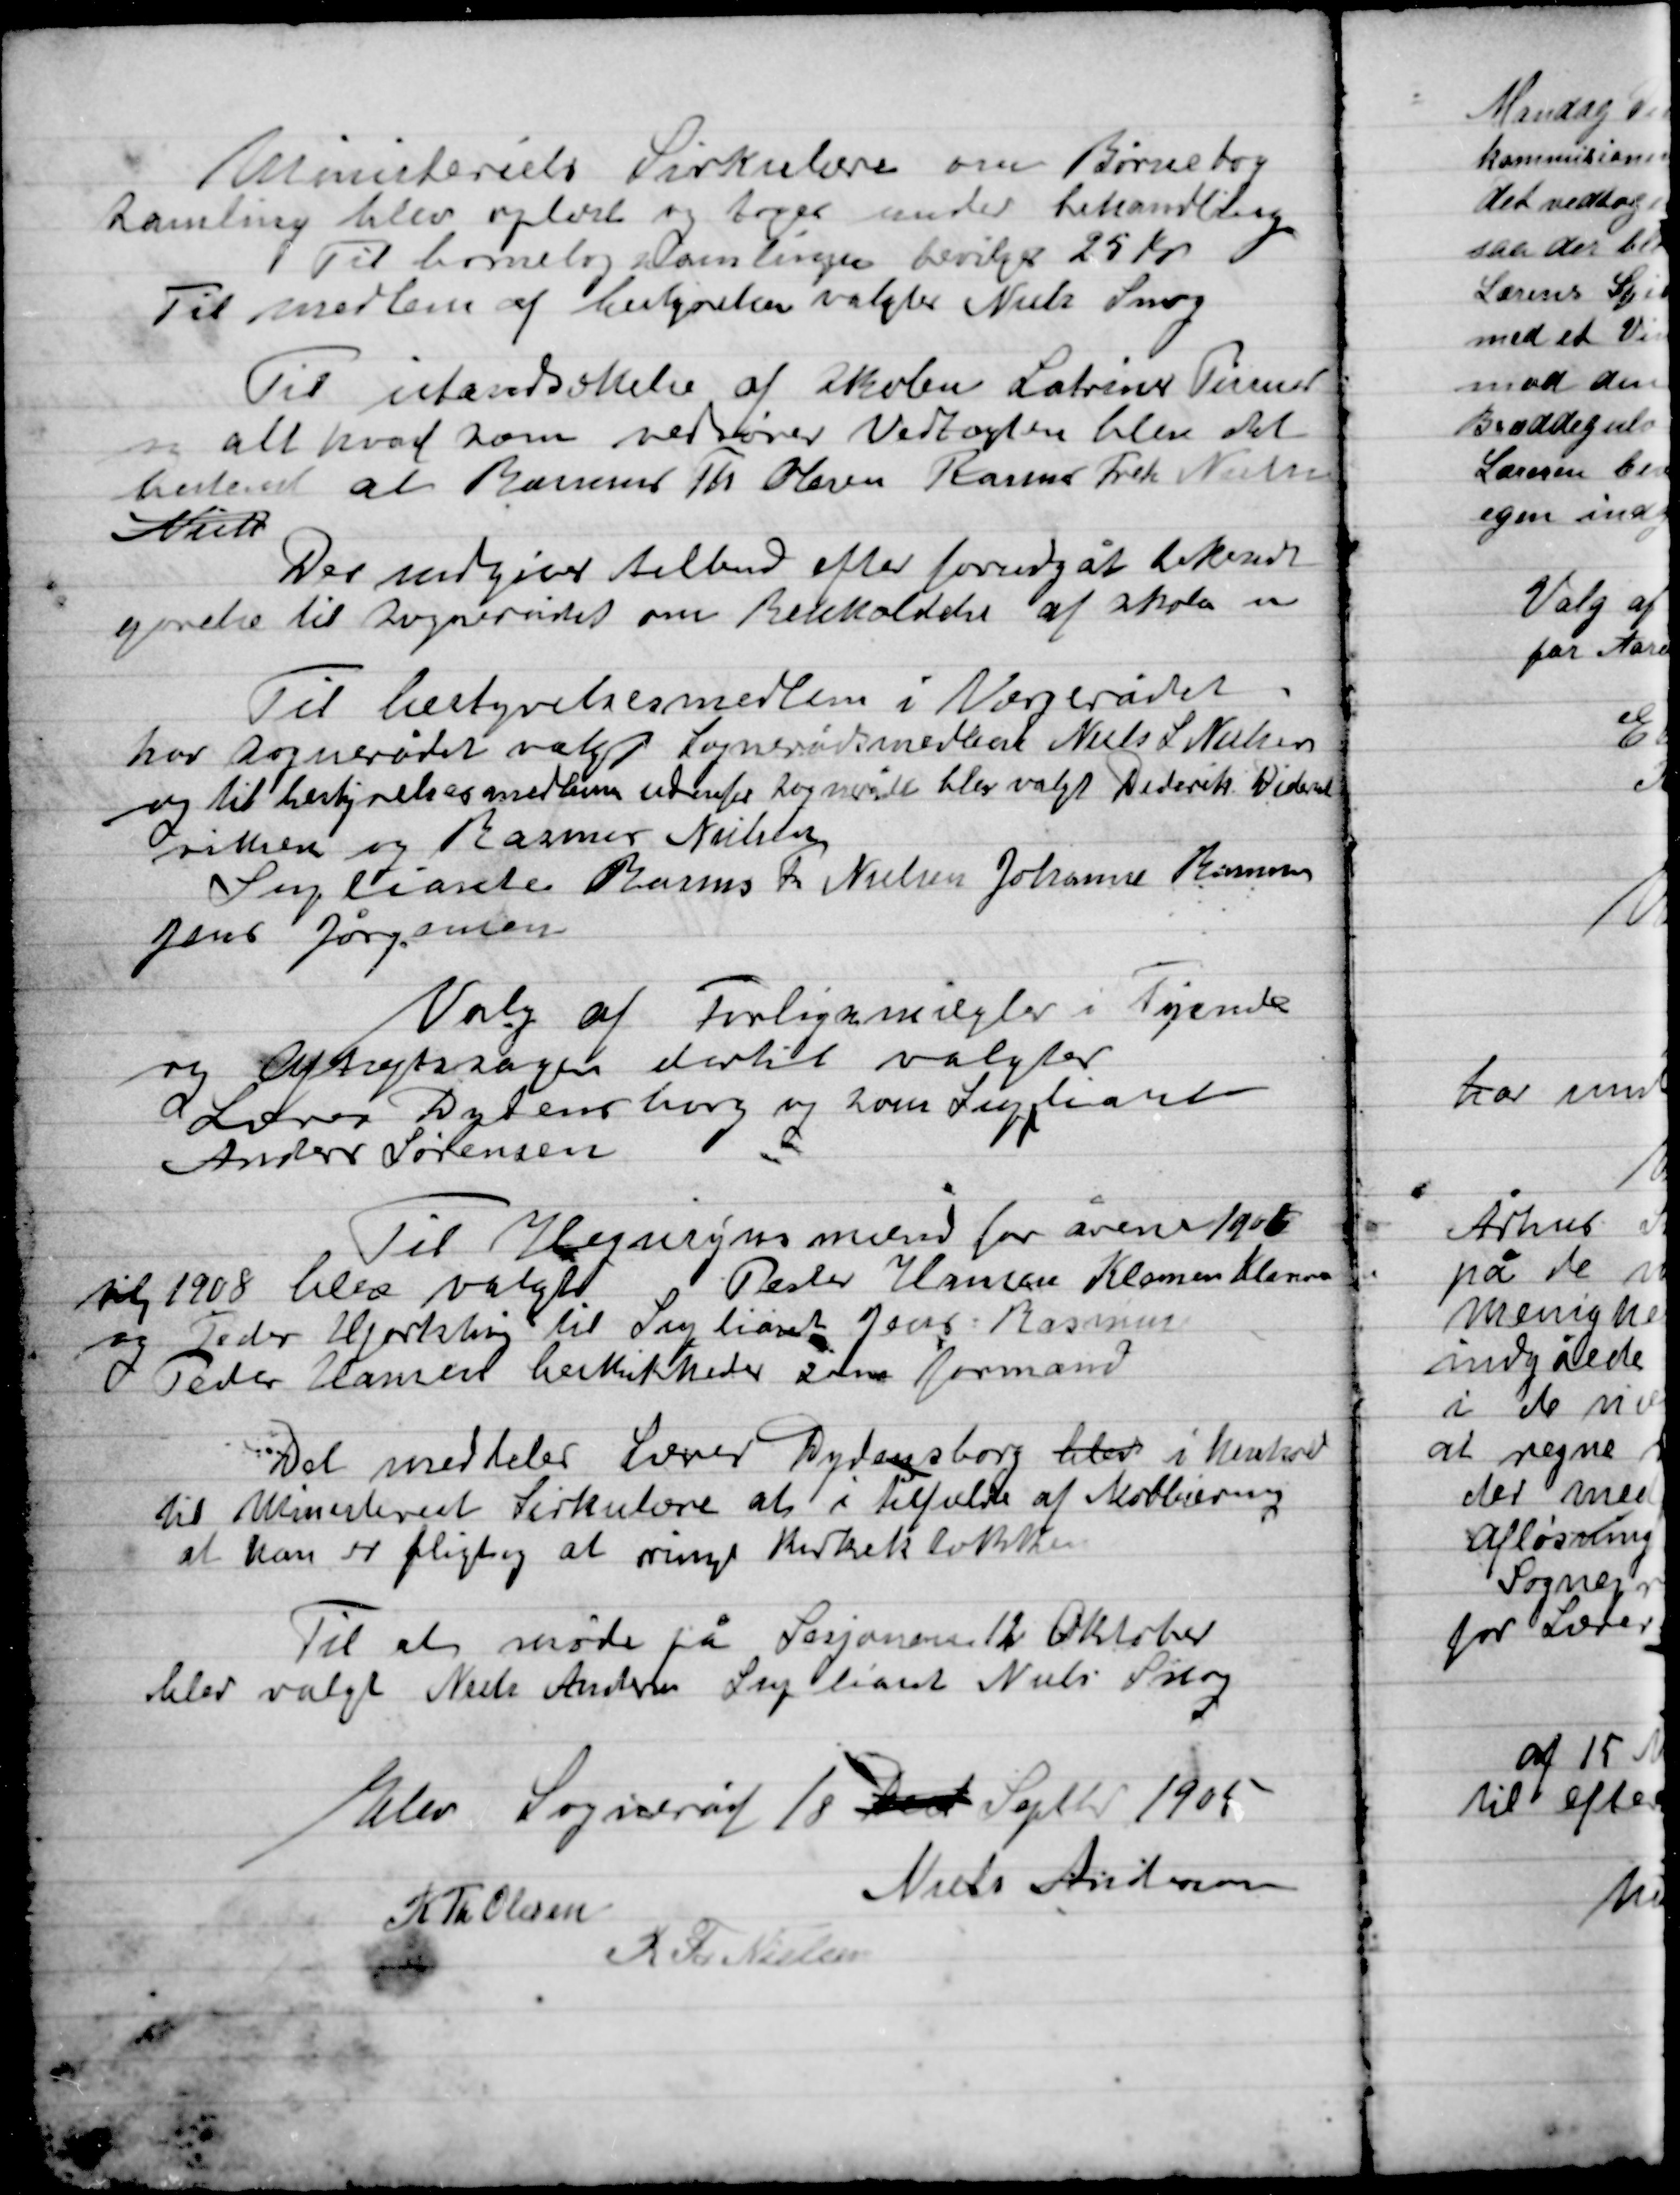
Transskription:
Ministeriets Cirkulære om Børnebog
Samling blev oplæst og tages under behandling
Til børnebogsamlingen bevilges 25 Kr.
Til medlem af bestyrelsen valgtes Niels Snog

Til istandsættelse af Skolen Latriner Tønner
og alt hvad som vedrører Vedtoget blev det
bestemt at  Th. Olsen Rasmus Frek. Nielsen
Niels

Der udgives tilbud efter forudgået bekent-
gørelse til Sognerådet om Bekmaldelse af skolen

Til bestyrelsesmedlem i værgerådet
hos sognerådet valgtes Sognerådsmedlem Niels S. Nielsen
og til bestyrelsesmedlem valgtes sognerådet blev valgt Diderik Dide-
riksen og Rasmus Nielsen.
Suplianter Rasmus Fr. Nielsen Johannes Rasmussen
Jens Jørgensen

Valg af Forligsmægler  i Tyende
og optryksager dertil valgtes
Lærer Dydensborg og som Supplianter
Anders Sørensen

Til Hegnssynsmand for årene 1906
Til 1908 blev valgt Peter Hansen Klemmensen
Og Peder Hjorthøj til suppleant Jens Rasmussen
Peder Hansen beskikkedes som formand

Det meddeler Lærer Dydensborg blev i henholdt
Til Ministeriets Cirkulære at i tilfælde af Moblisering
at han er flittig at ringe Kirkeklokken

Til at møde på Sarjonen 12 Oktober
blev valgt Niels Andersen Suppleant Niels Snog

Elev Sogneråd  / 8 Decb Septer. 1905

R. Th. Olsen
Niels Andersen
K. Th. Nielsen